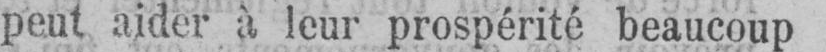
peut aider à leur prospérité beaucoup